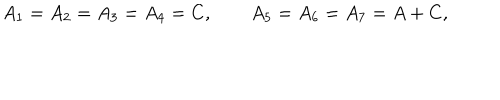
{ A _ { 1 } = A _ { 2 } = A _ { 3 } = A _ { 4 } = C , \qquad A _ { 5 } = A _ { 6 } = A _ { 7 } = A + C , }